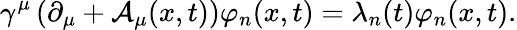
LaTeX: \gamma^{\mu}\left(\partial_{\mu}+{\cal A}_{\mu}(x,t)\right)\varphi_{n}(x,t)=\lambda_{n}(t)\varphi_{n}(x,t).